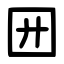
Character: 㘟